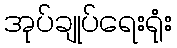
အုပ်ချုပ်ရေးရုံး